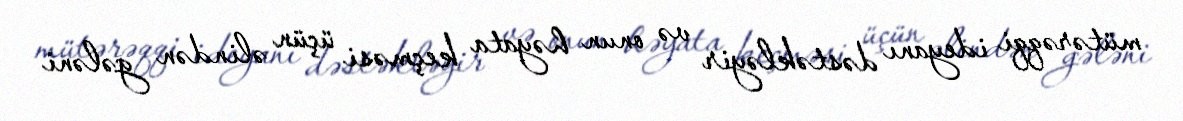
mütərəqqi ideyanı dəstəkləyir və onun həyata keçməsi üçün əlindən gələni